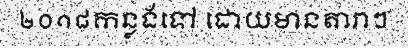
២០១៨កន្លងទៅ ដោយមានតារាៗ